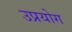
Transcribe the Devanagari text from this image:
उप्रयोग